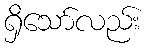
ရှိသော်လည်း